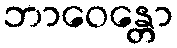
ဘာဝေန္တော